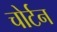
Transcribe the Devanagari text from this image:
चोर्टन